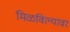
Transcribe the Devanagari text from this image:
मिळविल्यावर